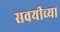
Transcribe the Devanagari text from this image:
सवयीच्या